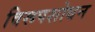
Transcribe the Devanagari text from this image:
विरूपशोधन